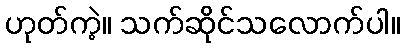
ဟုတ်ကဲ့။ သက်ဆိုင်သလောက်ပါ။